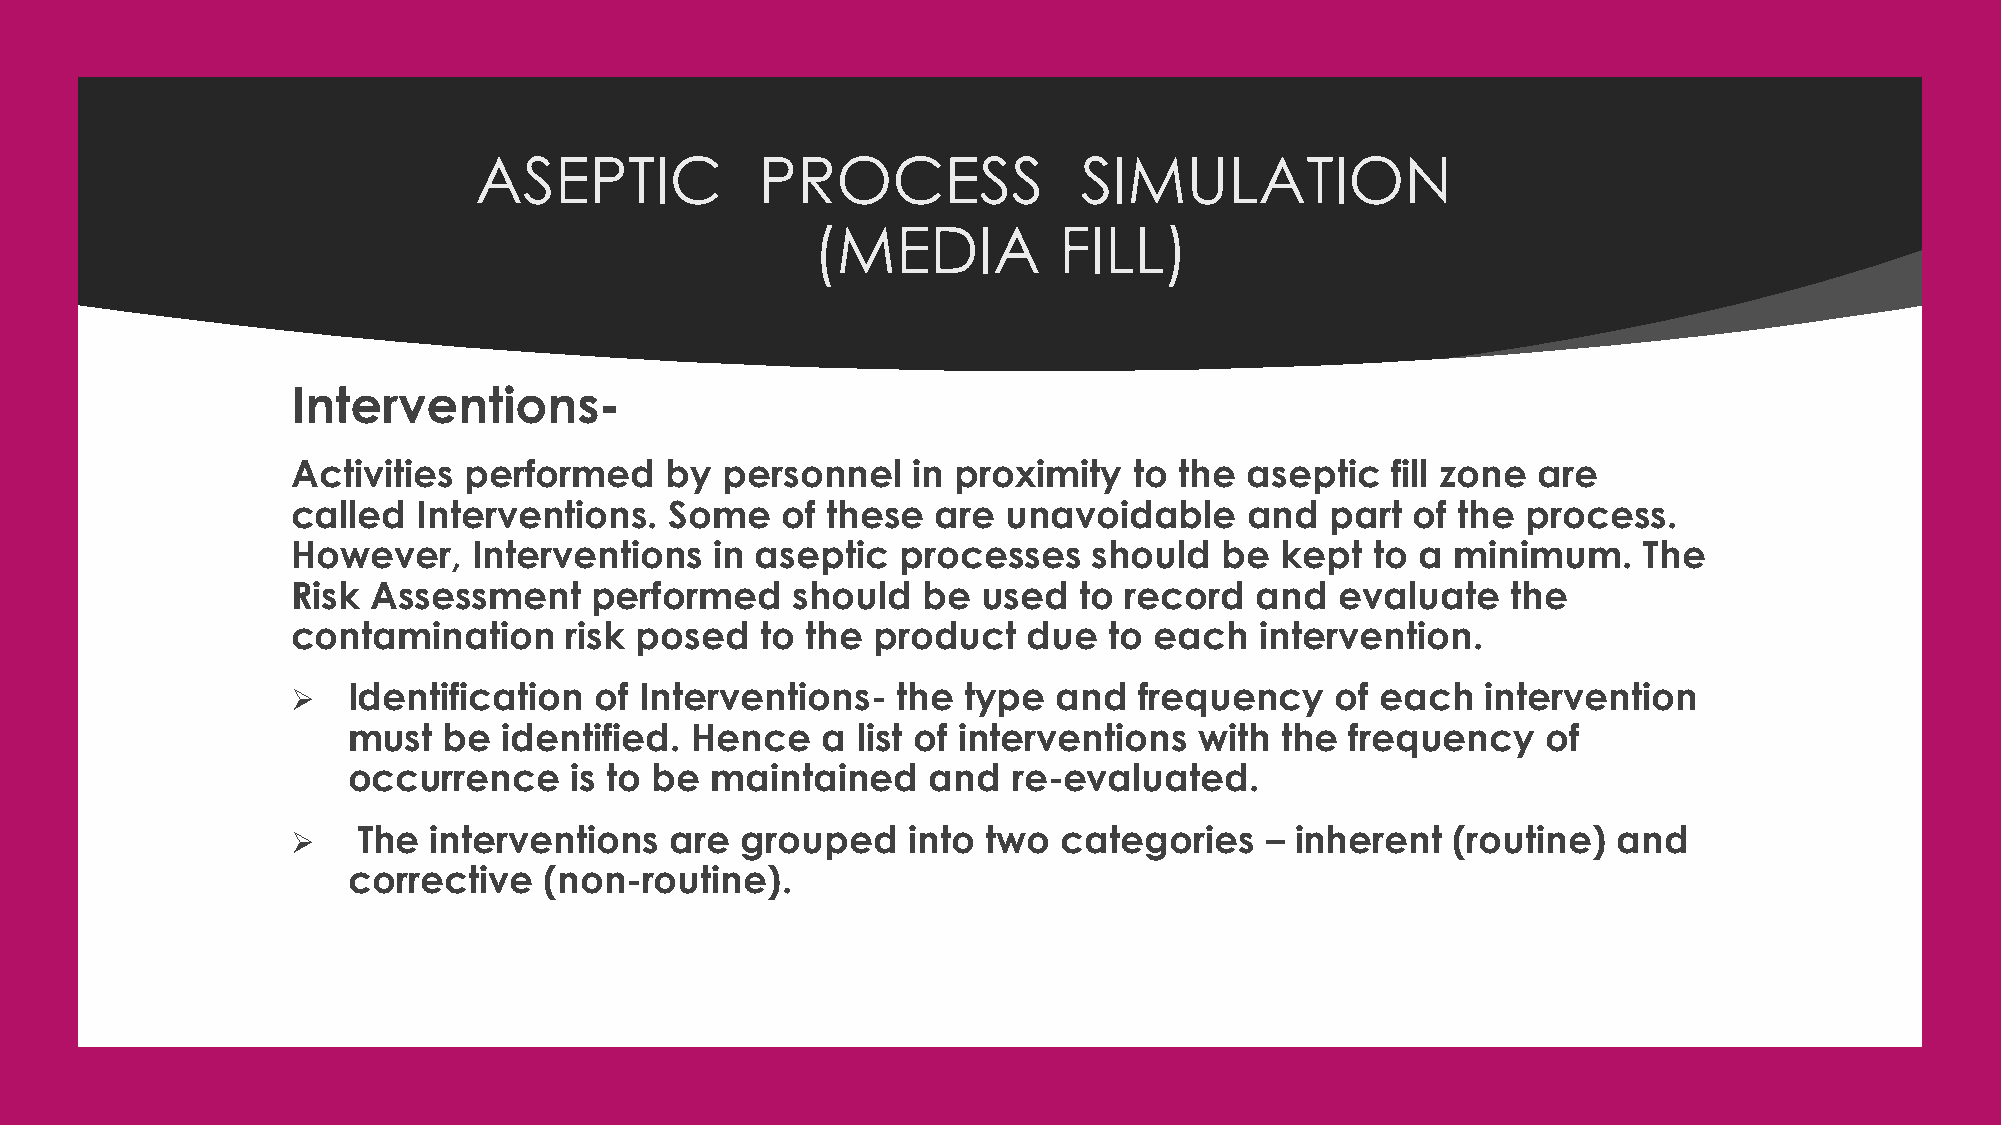
ASEPTIC            PROCESS               SIMULATION
 (MEDIA          FILL)
 Interventions-
 Activities  performed    by  personnel   in proximity   to the  aseptic  fill zone are
 called   Interventions.  Some    of these  are  unavoidable     and  part  of the process.
 However,    Interventions   in aseptic   processes   should   be  kept  to a minimum.     The
 Risk  Assessment    performed    should   be  used  to record   and   evaluate   the
 contamination     risk posed   to the  product   due  to each   intervention.
    Identification  of Interventions-   the  type  and  frequency    of each   intervention
 must  be  identified.  Hence   a  list of interventions with  the frequency    of
 occurrence     is to be maintained    and   re-evaluated.
     The interventions   are  grouped    into two  categories    – inherent  (routine)  and
 corrective   (non-routine).